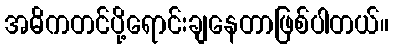
အဓိကတင်ပို့ရောင်းချနေတာဖြစ်ပါတယ်။